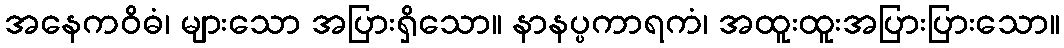
အနေကဝိဓံ၊ များသော အပြားရှိသော။ နာနပ္ပကာရကံ၊ အထူးထူးအပြားပြားသော။